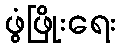
ဖွံဖြိုးရေး